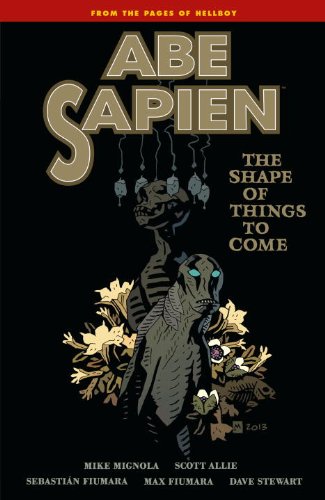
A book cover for Abe Sapien Volume 4: The Shape of Things to Come; Mike Mignola; Comics & Graphic Novels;